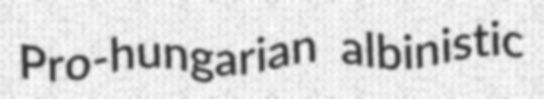
Pro-hungarian albinistic